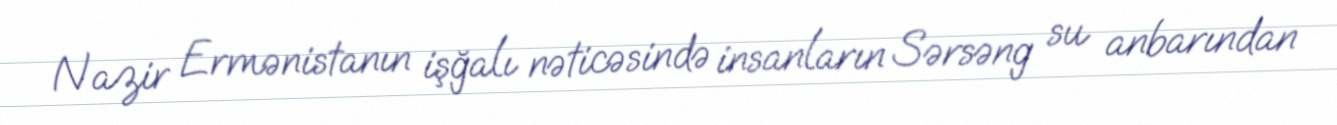
Nazir Ermənistanın işğalı nəticəsində insanların Sərsəng su anbarından